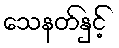
သေနတ်နှင့်